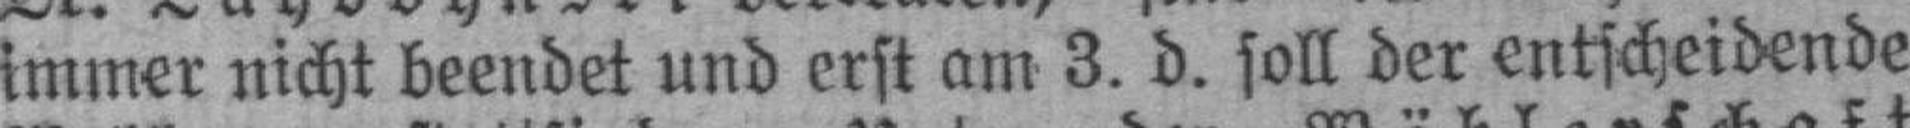
immer nicht beendet und erst am 3. d. soll der entscheidende